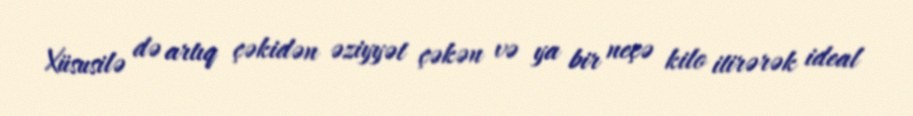
Xüsusilə də artıq çəkidən əziyyət çəkən və ya bir neçə kilo itirərək ideal